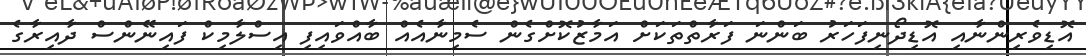
އޮޑިވެރިންނާއި އޮޑިދޯނިފަހަރު ބަންނަ ފަރާތްތަކަށް އަމާޒުކޮށްގެން ސެމިނާއެއް ބާއްވައިފި އިސްލާމިކް ފައިނޭންސް ދާއިރާގެ